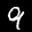
Label: 9